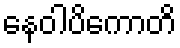
နေဝါပိကောတိ